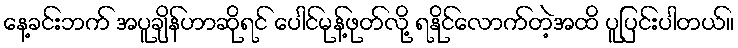
နေ့ခင်းဘက် အပူချိန်ဟာဆိုရင် ပေါင်မုန့်ဖုတ်လို့ ရနိုင်လောက်တဲ့အထိ ပူပြင်းပါတယ်။